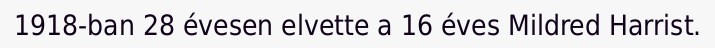
1918-ban 28 évesen elvette a 16 éves Mildred Harrist.